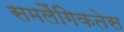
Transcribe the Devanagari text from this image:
समलैंगिकतेस